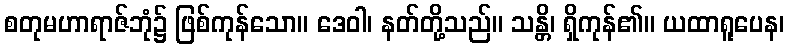
စတုမဟာရာဇ်ဘုံ၌ ဖြစ်ကုန်သော။ ဒေဝါ၊ နတ်တို့သည်။ သန္တိ၊ ရှိကုန်၏။ ယထာရူပေန၊